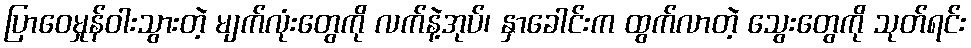
ပြာဝေမှုန်ဝါးသွားတဲ့ မျက်လုံးတွေကို လက်နဲ့အုပ်၊ နှာခေါင်းက ထွက်လာတဲ့ သွေးတွေကို သုတ်ရင်း